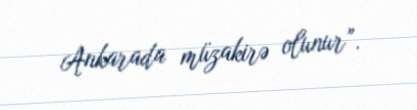
Ankarada müzakirə olunur”.